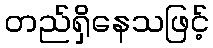
တည်ရှိနေသဖြင့်